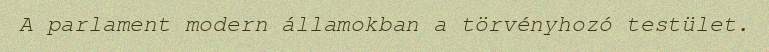
A parlament modern államokban a törvényhozó testület.